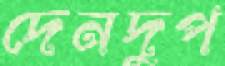
দেনদুপ